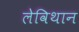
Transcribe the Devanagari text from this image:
लेविथान